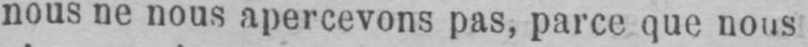
nous ne nous apercevons pas, parce que nous